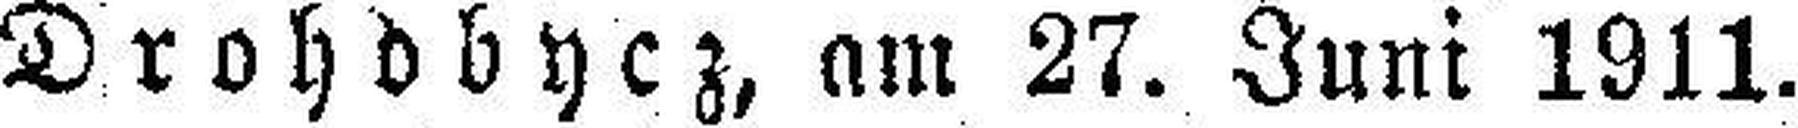
Drohdbycz, am 27. Juni 1911.